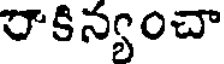
రాకిన్యంచా